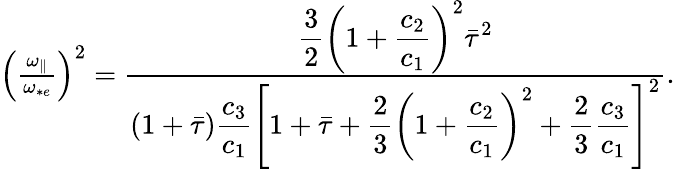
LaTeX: \begin{array}{r}{\left(\frac{{\omega_{\parallel}}}{\omega_{*e}}\right)^{2}=\frac{\displaystyle\frac{3}{2}\left(1+\frac{c_{2}}{c_{1}}\right)^{2}\bar{\tau}^{2}}{\displaystyle(1+\bar{\tau})\frac{c_{3}}{c_{1}}\left[1+\bar{\tau}+\frac{2}{3}\left(1+\frac{c_{2}}{c_{1}}\right)^{2}+\frac{2}{3}\frac{c_{3}}{c_{1}}\right]^{2}}.}\end{array}